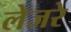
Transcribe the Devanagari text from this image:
लेजरे